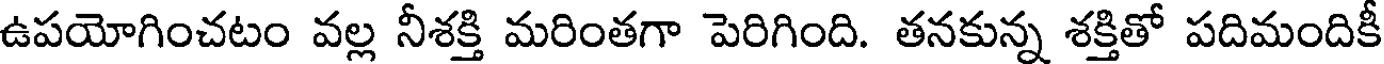
ఉపయోగించటం వల్ల నీశక్తి మరింతగా పెరిగింది. తనకున్న శక్తితో పదిమందికీ